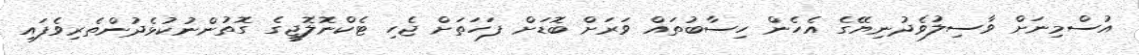
އުސްމިނަށް ވާސިލުވެދުނިޔޭގެ އެހެން ހިސާބުތައް ވަރަށް ބޮޑަށް ފަހަތަށް ޖެހި ޓެކްނޮލޮޖީގެ ގޮތުންނުކުޅެދުންތެރިވެފައި